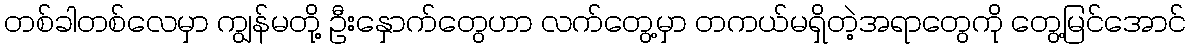
တစ်ခါတစ်လေမှာ ကျွန်မတို့ ဦးနှောက်တွေဟာ လက်တွေ့မှာ တကယ်မရှိတဲ့အရာတွေကို တွေ့မြင်အောင်